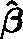
\mathbf { \hat { \boldsymbol { \beta } } }